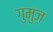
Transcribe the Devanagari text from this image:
गुमुज़